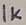
Text: 1K